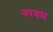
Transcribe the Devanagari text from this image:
नरवम